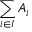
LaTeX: \sum _ { i \in I } A _ { i }